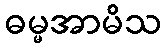
ဓမ္မအာမိသ